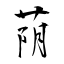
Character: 荫